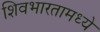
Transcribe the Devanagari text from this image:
शिवभारतामध्ये